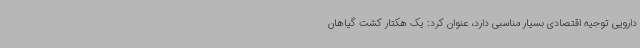
دارویی توجیه اقتصادی بسیار مناسبی دارد، عنوان کرد: یک هکتار کشت گیاهان